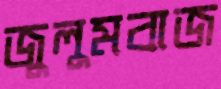
জুলুমবাজ